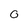
Character: 0